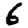
Digit: 6